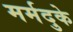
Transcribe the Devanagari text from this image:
मर्मदुके